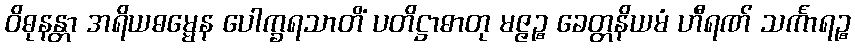
ဝိဓုနန္တာ အရိယဓမ္မေန ပေါက္ခရသာတိံ ပတိဋ္ဌာဓာတု မဇ္ဇဉ္စ ခေတ္တနိယမံ ဟီရဏ် သင်္ကာရဉ္စ